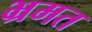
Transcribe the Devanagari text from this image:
भ्रमत